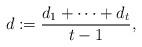
LaTeX: \begin{align*} d := \frac{d_1 + \cdots + d_t}{t-1}, \end{align*}